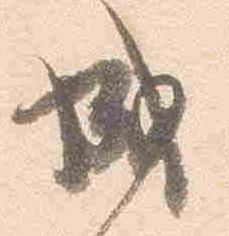
成